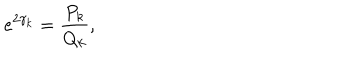
LaTeX: e ^ { 2 \gamma _ { k } } = \frac { P _ { k } } { Q _ { k } } ,